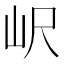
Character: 𡵸